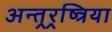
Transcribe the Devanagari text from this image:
अन्तर्‍र्रष्त्रिया